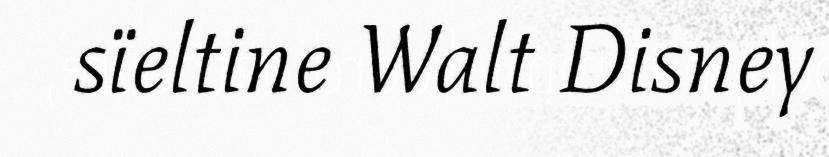
sïeltine Walt Disney